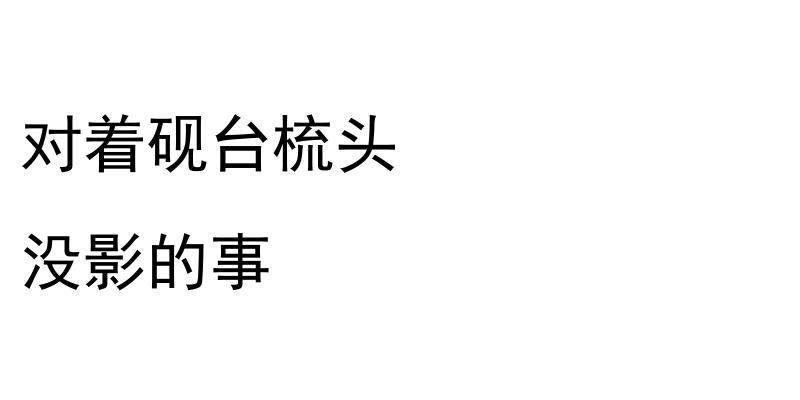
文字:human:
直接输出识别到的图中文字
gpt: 对着砚台梳头 没影的事